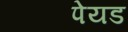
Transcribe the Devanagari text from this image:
पेयड